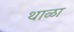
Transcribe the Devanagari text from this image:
थाळा